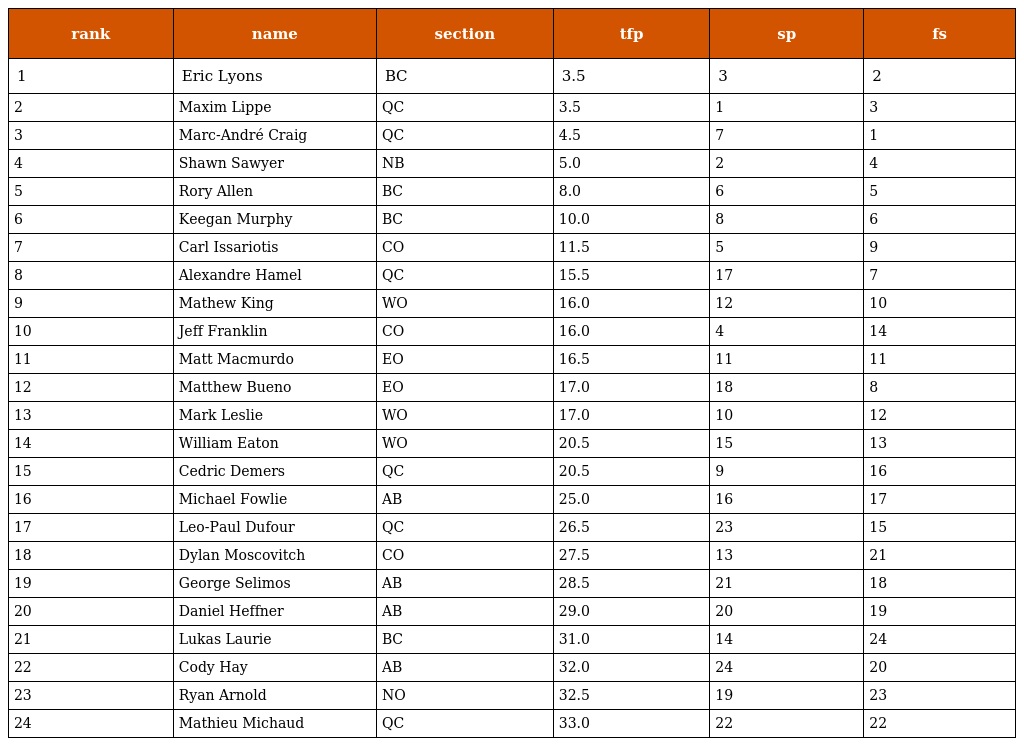
| rank | name | section | tfp | sp | fs |
 | --- | --- | --- | --- | --- | --- |
 | 1 | Eric Lyons | BC | 3.5 | 3 | 2 |
 | 2 | Maxim Lippe | QC | 3.5 | 1 | 3 |
 | 3 | Marc-André Craig | QC | 4.5 | 7 | 1 |
 | 4 | Shawn Sawyer | NB | 5.0 | 2 | 4 |
 | 5 | Rory Allen | BC | 8.0 | 6 | 5 |
 | 6 | Keegan Murphy | BC | 10.0 | 8 | 6 |
 | 7 | Carl Issariotis | CO | 11.5 | 5 | 9 |
 | 8 | Alexandre Hamel | QC | 15.5 | 17 | 7 |
 | 9 | Mathew King | WO | 16.0 | 12 | 10 |
 | 10 | Jeff Franklin | CO | 16.0 | 4 | 14 |
 | 11 | Matt Macmurdo | EO | 16.5 | 11 | 11 |
 | 12 | Matthew Bueno | EO | 17.0 | 18 | 8 |
 | 13 | Mark Leslie | WO | 17.0 | 10 | 12 |
 | 14 | William Eaton | WO | 20.5 | 15 | 13 |
 | 15 | Cedric Demers | QC | 20.5 | 9 | 16 |
 | 16 | Michael Fowlie | AB | 25.0 | 16 | 17 |
 | 17 | Leo-Paul Dufour | QC | 26.5 | 23 | 15 |
 | 18 | Dylan Moscovitch | CO | 27.5 | 13 | 21 |
 | 19 | George Selimos | AB | 28.5 | 21 | 18 |
 | 20 | Daniel Heffner | AB | 29.0 | 20 | 19 |
 | 21 | Lukas Laurie | BC | 31.0 | 14 | 24 |
 | 22 | Cody Hay | AB | 32.0 | 24 | 20 |
 | 23 | Ryan Arnold | NO | 32.5 | 19 | 23 |
 | 24 | Mathieu Michaud | QC | 33.0 | 22 | 22 |